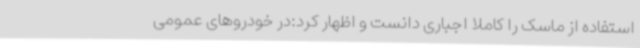
استفاده از ماسک را کاملا اجباری دانست و اظهار کرد:در خودروهای عمومی